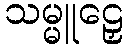
သမ္မူဠှေ